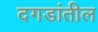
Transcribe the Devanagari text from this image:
दगडांतील